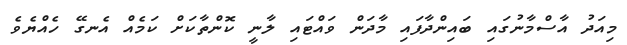
މިއަދު އާސްމާނުގައި ބައިންދާފައި މާދަން ވައްޓައި ލާނީ ކޮންތާކަށް ކަމެއް އެނގޭ ހެއްޔެވެ